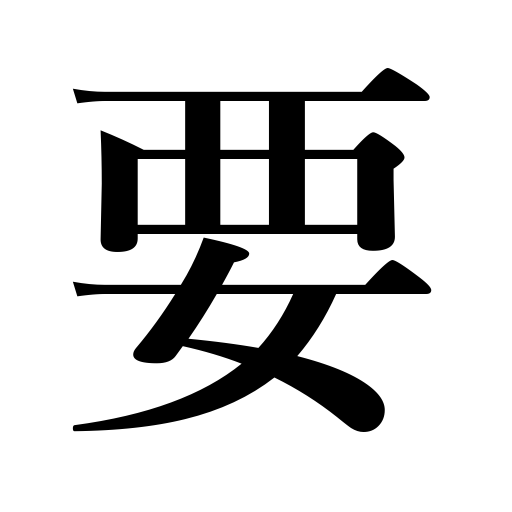
Meanings: ambush,essence,pivot,the key to,aim,secret,main point,require,waylay,the main point,need